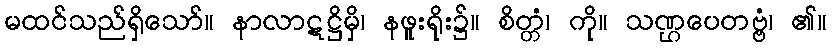
မထင်သည်ရှိသော်။ နာလာဋဋ္ဌိမှိ၊ နဖူးရိုး၌။ စိတ္တံ၊ ကို။ သဏ္ဌပေတဗ္ဗံ၊ ၏။